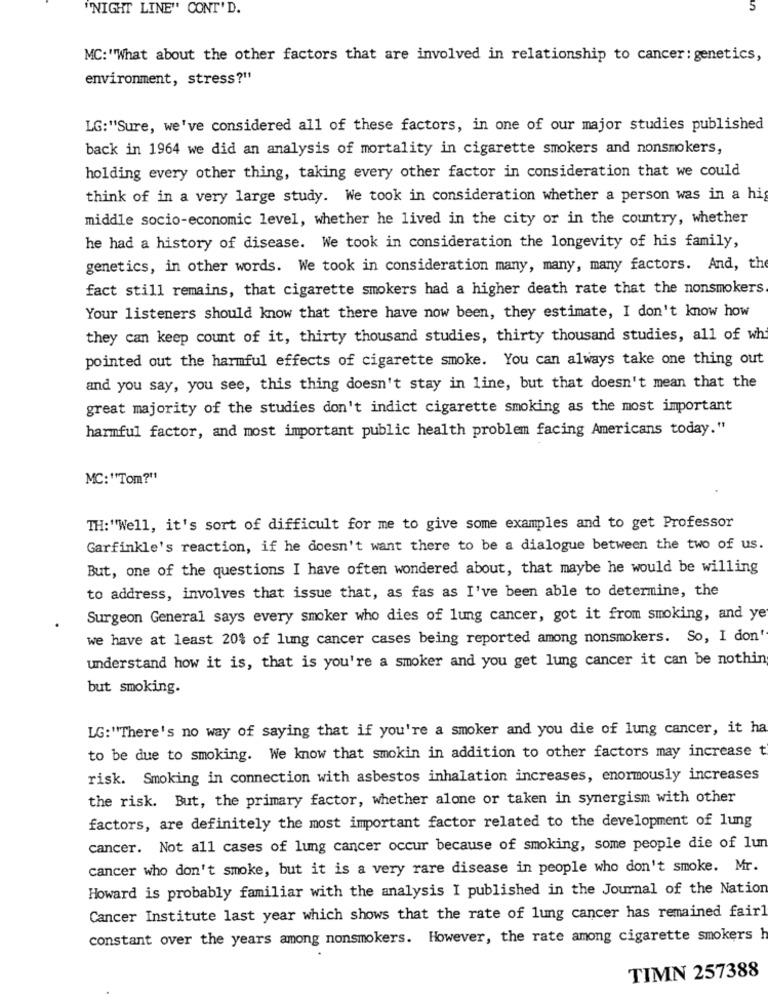
"NIGHT LINE" CONT'D.
5
MC: "What about the other factors that are involved in relationship to cancer: genetics,
environment, stress?"
LG:"Sure, we've considered all of these factors, in one of our major studies published
back in 1964 we did an analysis of mortality in cigarette smokers and nonsmokers,
holding every other thing, taking every other factor in consideration that we could
think of in a very large study. We took in consideration whether a person was in a hig
middle socio-economic level, whether he lived in the city or in the country, whether
he had a history of disease. We took in consideration the longevity of his family,
genetics, in other words. We took in consideration many, many, many factors. And, the
fact still remains, that cigarette smokers had a higher death rate that the nonsmokers
Your listeners should know that there have now been, they estimate, I don't know how
they can keep count of it, thirty thousand studies, thirty thousand studies, all of wh
pointed out the harmful effects of cigarette smoke. You can always take one thing out
and you say, you see, this thing doesn't stay in line, but that doesn't mean that the
great majority of the studies don't indict cigarette smoking as the most important
harmful factor, and most important public health problem facing Americans today."
MC:"'Tom?"
TH:"Well, it's sort of difficult for me to give some examples and to get Professor
Garfinkle's reaction, if he doesn't want there to be a dialogue between the two of us.
But, one of the questions I have often wondered about, that maybe he would be willing
to address, involves that issue that, as fas as I've been able to determine, the
Surgeon General says every smoker who dies of lung cancer, got it from smoking, and ye
we have at least 20% of lung cancer cases being reported among nonsmokers. So, I don'
understand how it is, that is you're a smoker and you get lung cancer it can be nothin
but smoking.
LG:"There's no way of saying that if you're a smoker and you die of lung cancer, it ha
to be due to smoking. We know that smokin in addition to other factors may increase t
risk. Smoking in connection with asbestos inhalation increases, enormously increases
the risk. But, the primary factor, whether alone or taken in synergism with other
factors, are definitely the most important factor related to the development of lung
cancer. Not all cases of lung cancer occur because of smoking, some people die of lun
cancer who don't smoke, but it is a very rare disease in people who don't smoke. Mr.
Howard is probably familiar with the analysis I published in the Journal of the Nation
Cancer Institute last year which shows that the rate of lung cancer has remained fairl
constant over the years among nonsmokers. However, the rate among cigarette smokers h
TIMN 257388